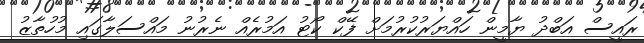
ރައީސް އަބްދު ޔާމީން ހައްޔަރުކުރުމަށް ފޭކް ކޯޓު އަމުރެއް ނެރުނު މައްސަލާގައި މުހުތާޒު